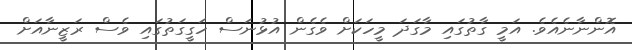
އޮންނާނެއެވެ. އަމީ ގާތުގައި މާގަދަ މީހަކަށް ވެގެން އުޅުނަސް ހަގީގަތުގައި ވެސް ރަޒީނާއަށް